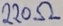
Text: 220Ω